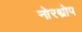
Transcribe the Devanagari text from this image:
नोरथ्रोप